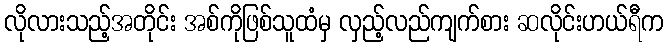
လိုလားသည့်အတိုင်း အစ်ကိုဖြစ်သူထံမှ လှည့်လည်ကျက်စား ဆလိုင်းဟယ်ရီက